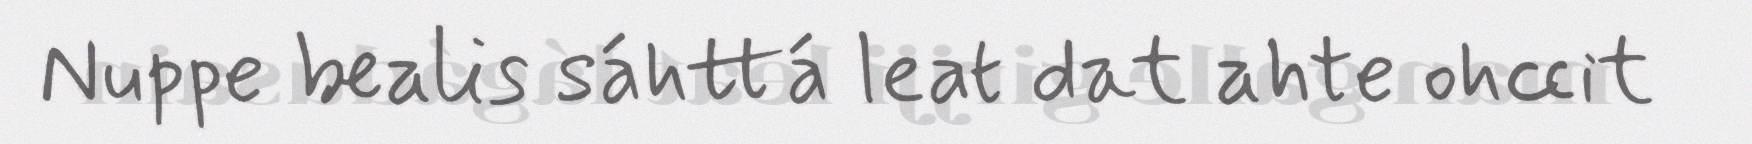
Nuppe bealis sáhttá leat dat ahte ohccit